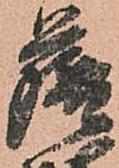
薩